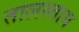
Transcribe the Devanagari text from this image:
तालस्ताय